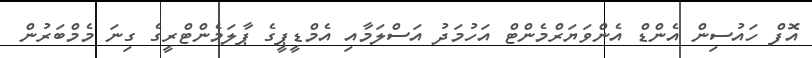
އޮފް ހައުސިން އެންޑް އެންވަޔަރްމެންޓް އަހުމަދު އަސްލަމާއި އެމްޑީޕީގެ ޕާލަމެންޓްރީގެ ގިނަ މެމްބަރުން